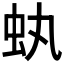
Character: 𧈮